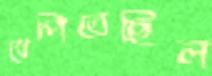
খেপিতেছিল